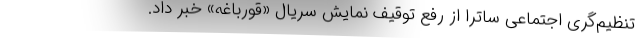
تنظیم‌گری اجتماعی ساترا از رفع توقیف نمایش سریال «قورباغه» خبر داد.